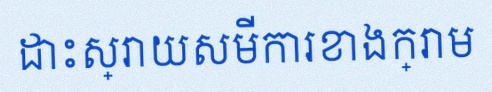
ដោះស្រាយសមីការខាងក្រោម